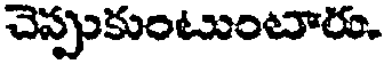
చెప్పుకుంటుంటారు.